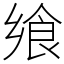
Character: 飨